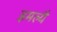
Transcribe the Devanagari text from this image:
इमल्यै